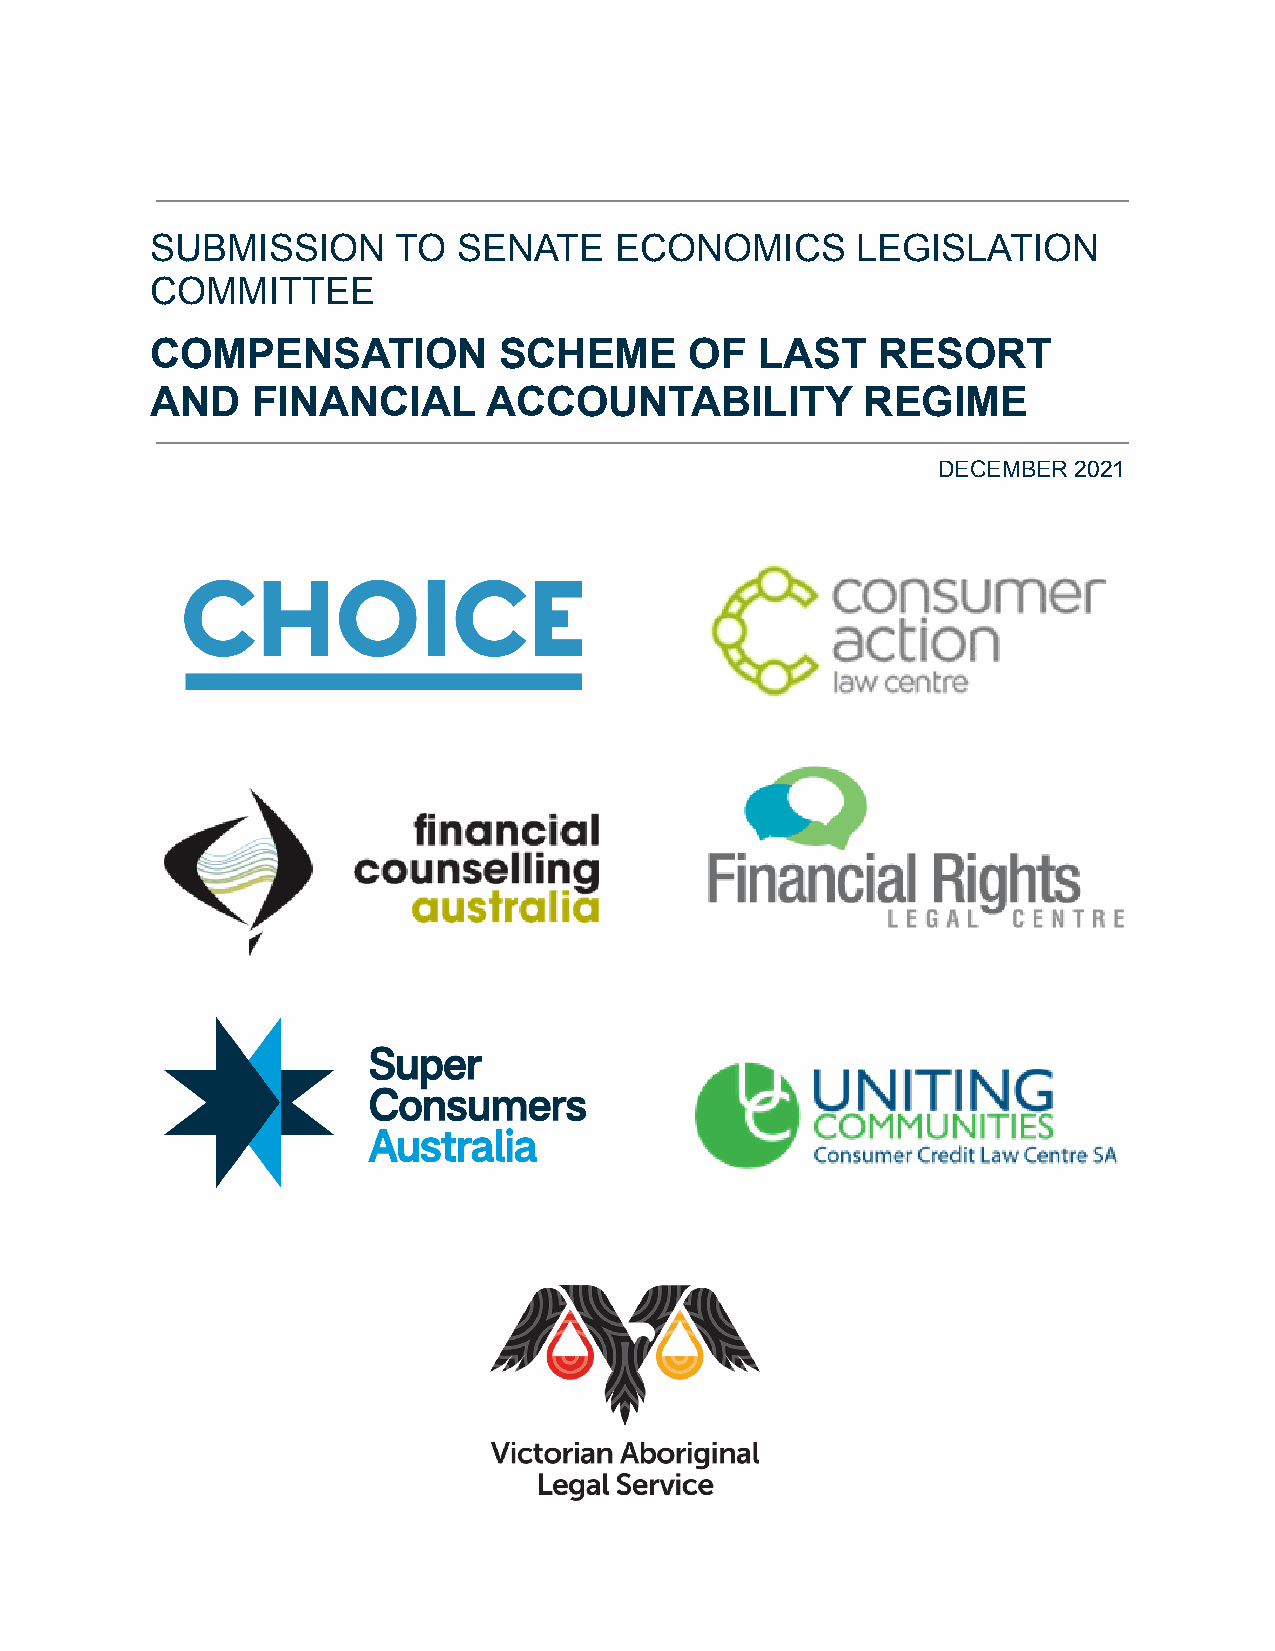
SUBMISSION      TO  SENATE     ECONOMICS       LEGISLATION
 COMMITTEE
 COMPENSATION           SCHEME       OF  LAST    RESORT
 AND    FINANCIAL      ACCOUNTABILITY           REGIME
 DECEMBER 2021